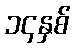
၁၄နှစ်